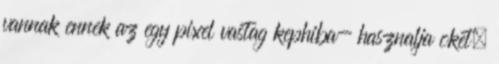
vannak ennek az egy pixel vastag kephiba- hasznalja oket.